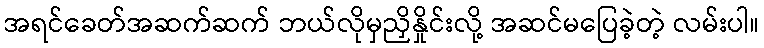
အရင်ခေတ်အဆက်ဆက် ဘယ်လိုမှညှိနှိုင်းလို့ အဆင်မပြေခဲ့တဲ့ လမ်းပါ။